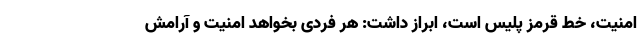
امنیت، خط قرمز پلیس است، ابراز داشت: هر فردی بخواهد امنیت و آرامش